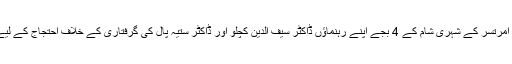
13 اپریل 1919ء بروز اتوار امرتسر کے شہری شام کے 4 بجے اپنے رہنماؤں ڈاکٹر سیف الدین کچلو اور ڈاکٹر ستیہ پال کی گرفتاری کے خلاف احتجاج کے لیے جلیانوالہ باغ میں جمع ہوئے۔